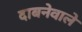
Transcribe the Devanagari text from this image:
दाबनेवाले